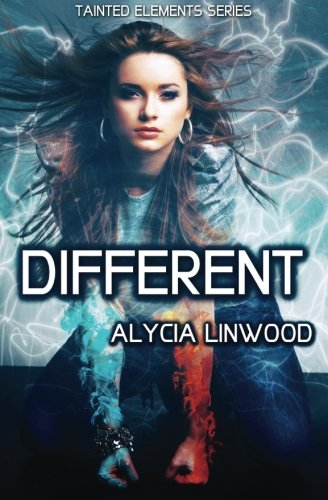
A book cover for Different (Tainted Elements) (Volume 1); Alycia Linwood; Science Fiction & Fantasy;